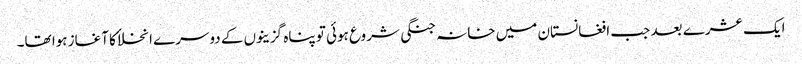
ایک عشرے بعد جب افغانستان میں خانہ جنگی شروع ہوئی تو پناہ گزینوں کے دوسرے انخلاٴ کا آغاز ہوا تھا۔